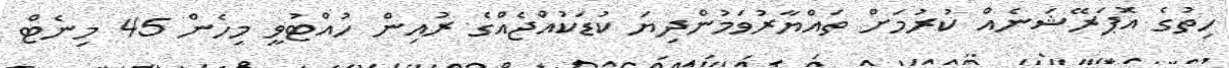
ހިތުގެ އޮޕަރޭޝަނެއް ކުރުމަށް ތައްޔާރުވަމުންދިޔަ ކުޑަކުއްޖެއްގެ ރުއިން ހުއްޓުވީ މިހެން 45 މިނެޓް